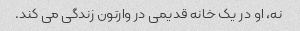
نه، او در یک خانه قدیمی در وارتون زندگی می کند.